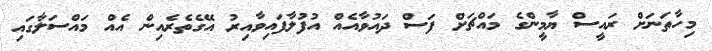
މިހާތަނަށް ރައީސް ޔާމީންގެ މައްޗަށް ފަސް ދައުވާއެއް އުފުލާފައިވާއިރު އޭގެތެރެއިން އެއް މައްސަލާގައި